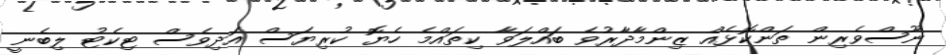
ނޫސްވެރިން ތަންކޮޅެއް ޒިންމާދާރުވެ ބައްލަވާ ކިތައްމެ ހެޔޮ ކުރިޔަސް އަދިވެސް ޓިކެޓު ލިބެނީ